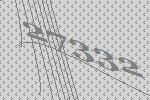
27332